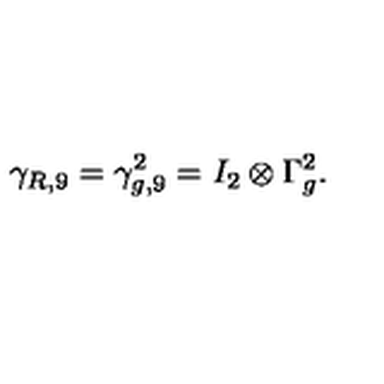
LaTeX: \gamma _ { R , 9 } = \gamma _ { g , 9 } ^ { 2 } = I _ { 2 } \otimes \Gamma _ { g } ^ { 2 } .